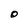
Character: O